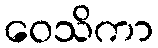
ဝေသိကာ